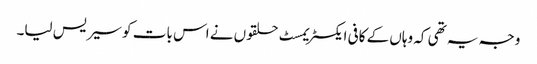
وجہ یہ تھی کہ وہاں کے کافی ایکسٹریمسٹ حلقوں نے اس بات کو سیریس لیا۔